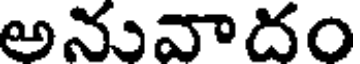
అనువాదం